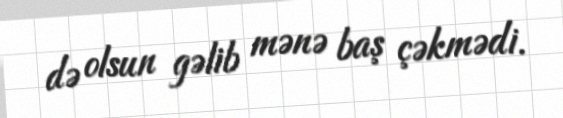
də olsun gəlib mənə baş çəkmədi.